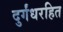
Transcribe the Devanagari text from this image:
दुर्गंधरहित